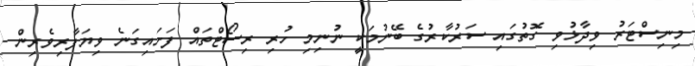
މިނިސްޓަރު ވިދާޅުވި ގޮތުގައި ސަރުކާރުގެ ބޭނުމަކީ ނުނިމި ހުރި ރިސޯޓްތައް ފަށައިގަނެ ވިޔަފާރިވެރިން